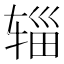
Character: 辎